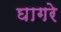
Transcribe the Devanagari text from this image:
घागरे